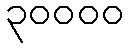
၃၀၀၀၀